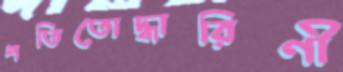
পতিতোদ্ধারিণী